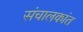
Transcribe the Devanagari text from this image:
संचालकांत